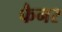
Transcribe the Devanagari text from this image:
फैनर